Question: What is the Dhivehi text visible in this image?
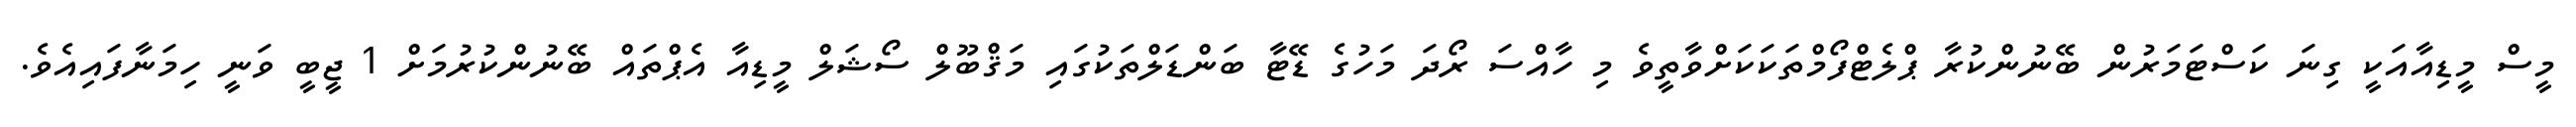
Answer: މީސް މީޑިއާއަކީ ގިނަ ކަސްޓަމަރުން ބޭނުންކުރާ ޕްލެޓްފޯމްތަކަކަށްވާތީވެ މި ހާއްސަ ރޯދަ މަހުގެ ޑޭޓާ ބަންޑަލްތަކުގައި މަޤްބޫލް ސޯޝަލް މީޑިއާ އެޕްތައް ބޭނުންކުރުމަށް 1 ޖީބީ ވަނީ ހިމަނާފައިއެވެ.